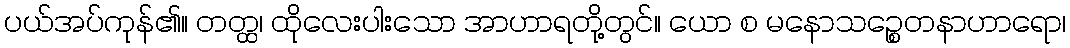
ပယ်အပ်ကုန်၏။ တတ္ထ၊ ထိုလေးပါးသော အာဟာရတို့တွင်။ ယော စ မနောသဉ္စေတနာဟာရော၊